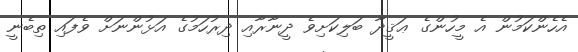
އެހެންކަމުން އެ މީހުންގެ ޢަޤީދާ ބަލިކަށިވެ ދީނާރާއި ދިރުހަމުގެ އަޅުންނަށް ވެފައި ތިބެނީ